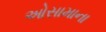
ઓસામાના